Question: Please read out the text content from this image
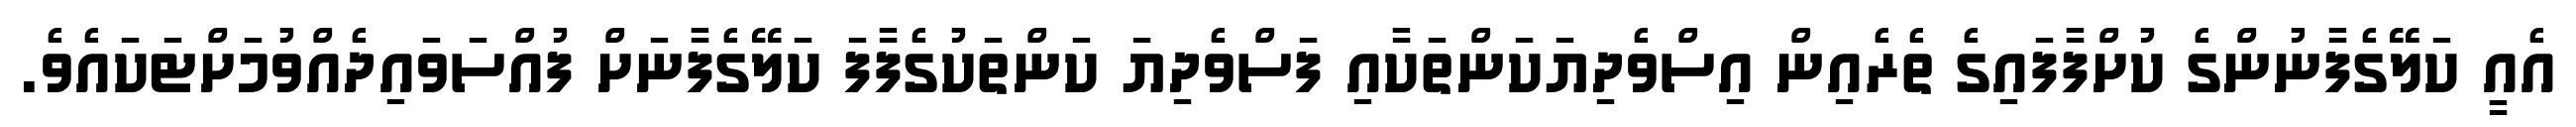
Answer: އެއީ ކަލޭޭގެފާނުންގެ ކުށްފާފައިގެ ތެރެއިން އިސްވެދިޔަކަންތަކާއި ފަސްވެދިޔަ ކަންތަކުގެފާފަ ކަލޭގެފާނަށް ފުއްސަވައިދެއްވުމަށްޓަކައެވެ.